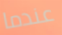
عندما